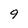
Character: 9